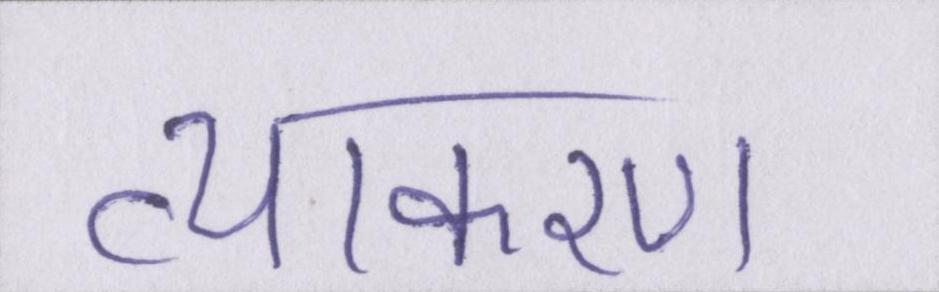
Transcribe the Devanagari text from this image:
व्याकरण